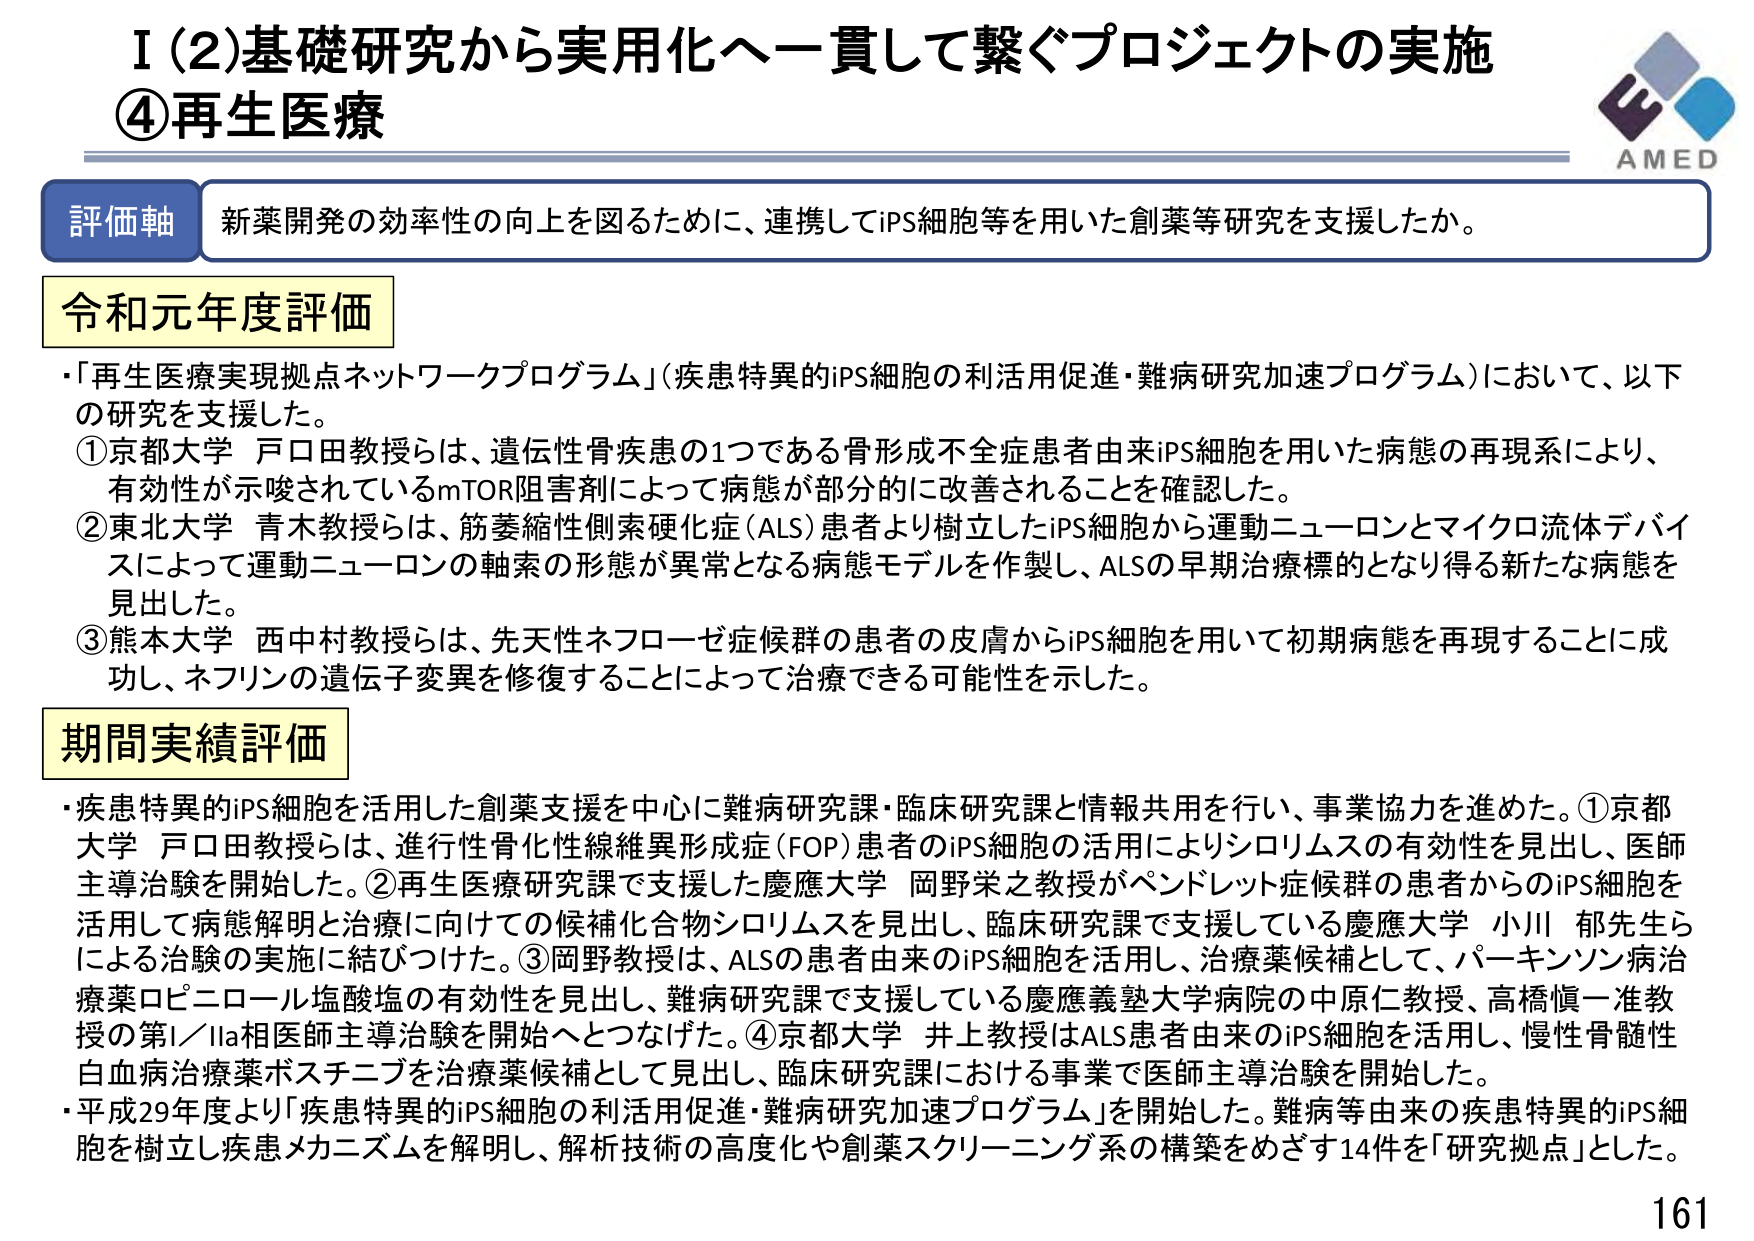
I（2）基礎研究から実用化へ一貫して繋ぐプロジェクトの実施
④再生医療

評価軸 新薬開発の効率性の向上を図るために、連携してiPS細胞等を用いた創薬等研究を支援したか。

令和元年度評価
・「再生医療実現拠点ネットワークプログラム」（疾患特異的iPS細胞の利活用促進・難病研究加速プログラム）において、以下の研究を支援した。
①京都大学 戸口田教授らは、遺伝性骨疾患の1つである骨形成不全症患者由来iPS細胞を用いた病態の再現系により、有効性が示唆されているmTOR阻害剤によって病態が部分的に改善されることを確認した。
②東北大学 青木教授らは、筋萎縮性側索硬化症（ALS）患者より樹立したiPS細胞から運動ニューロンとマイクロ流体デバイスによって運動ニューロンの軸索の形態が異常となる病態モデルを作製し、ALSの早期治療標的となり得る新たな病態を見出した。
③熊本大学 西中村教授らは、先天性ネフローゼ症候群の患者の皮膚からiPS細胞を用いて初期病態を再現することに成功し、ネフリンの遺伝子変異を修復することによって治療できる可能性を示した。

期間実績評価
・疾患特異的iPS細胞を活用した創薬支援を中心に難病研究課・臨床研究課と情報共用を行い、事業協力を進めた。①京都大学 戸口田教授らは、進行性骨化性線維異形成症（FOP）患者のiPS細胞の活用によりシロリムスの有効性を見出し、医師主導治験を開始した。②再生医療研究課で支援した慶應大学 岡野栄之教授がペンドレット症候群の患者からのiPS細胞を活用して病態解明と治療に向けての候補化合物シロリムスを見出し、臨床研究課で支援している慶應大学 小川 郁先生らによる治験の実施に結びつけた。③岡野教授は、ALSの患者由来のiPS細胞を活用し、治療薬候補として、パーキンソン病治療薬ロピニロール塩酸塩の有効性を見出し、難病研究課で支援している慶應義塾大学病院の中原理教授、高橋愼一准教授の第I／IIa相医師主導治験を開始へとつなげた。④京都大学 井上教授はALS患者由来のiPS細胞を活用し、慢性骨髄性白血病治療薬ボスチニブを治療薬候補として見出し、臨床研究課における事業で医師主導治験を開始した。
・平成29年度より「疾患特異的iPS細胞の利活用促進・難病研究加速プログラム」を開始した。難病等由来の疾患特異的iPS細胞を樹立し疾患メカニズムを解明し、解析技術の高度化や創薬スクリーニング系の構築をめざす14件を「研究拠点」とした。

AMED
161